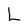
Character: L